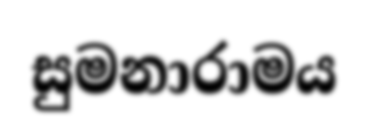
සුමනාරාමය